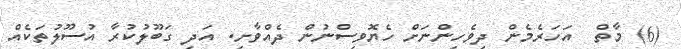
(6) މާތް  އަހަރެމެން ދިވެހިންނަށް ހެޔޮވިސްނުން ދެއްވާށި. އަދި ގަބޫލުކުރާ އުސޫލުތަކެއް